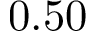
0 . 5 0